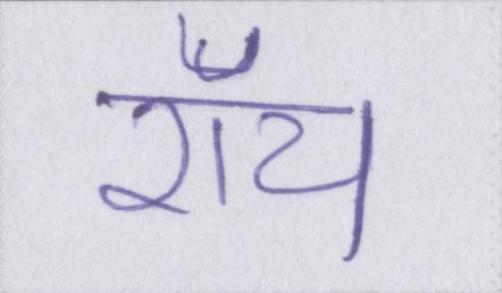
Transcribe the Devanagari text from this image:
रॉय